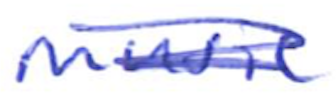
Text: music
Cross-out: scratch
Writing tool: ballpoint